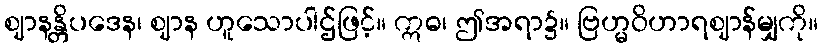
ဈာနန္တိပဒေန၊ ဈာန ဟူသောပါဌ်ဖြင့်။ ဣဓ၊ ဤအရာ၌။ ဗြဟ္မဝိဟာရဈာန်မျှကို။